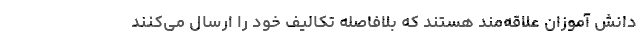
دانش آموزان علاقه‌مند هستند که بلافاصله تکالیف‌ خود را ارسال می‌کنند